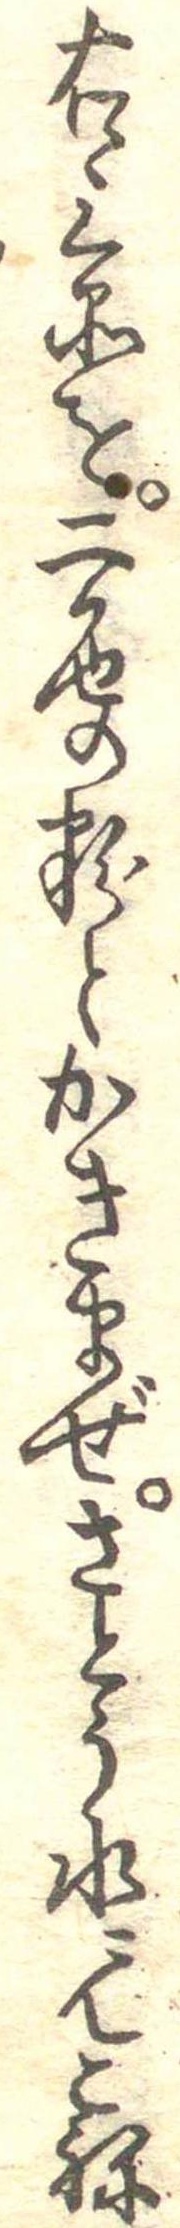
右三品を二色の粉とかきまぜさとう水にてこね